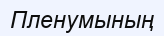
Пленумының